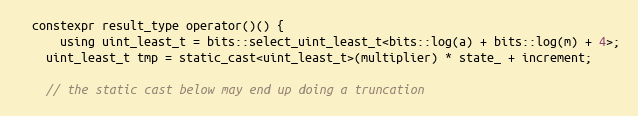
Language: C
  constexpr result_type operator()() {
	  using uint_least_t = bits::select_uint_least_t<bits::log(a) + bits::log(m) + 4>;
    uint_least_t tmp = static_cast<uint_least_t>(multiplier) * state_ + increment;

    // the static cast below may end up doing a truncation